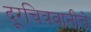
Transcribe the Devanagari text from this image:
दूरचित्रवानीचे